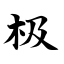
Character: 极